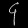
Digit: ၄